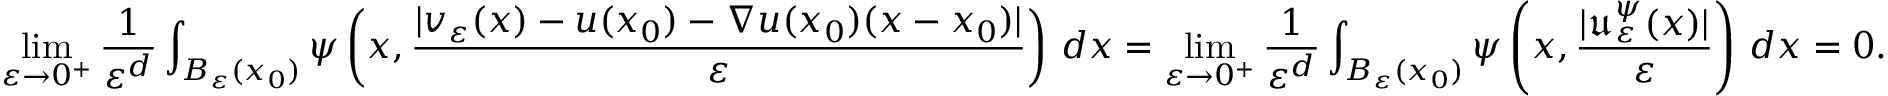
\operatorname* { l i m } _ { \varepsilon \to 0 ^ { + } } \frac { 1 } { \varepsilon ^ { d } } \int _ { B _ { \varepsilon } ( x _ { 0 } ) } \psi \left( x , \frac { | v _ { \varepsilon } ( x ) - u ( x _ { 0 } ) - \nabla u ( x _ { 0 } ) ( x - x _ { 0 } ) | } { \varepsilon } \right) \, d x = \operatorname* { l i m } _ { \varepsilon \to 0 ^ { + } } \frac { 1 } { \varepsilon ^ { d } } \int _ { B _ { \varepsilon } ( x _ { 0 } ) } \psi \left( x , \frac { | \mathfrak { u } _ { \varepsilon } ^ { \psi } ( x ) | } { \varepsilon } \right) \, d x = 0 .